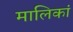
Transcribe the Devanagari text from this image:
मालिकां